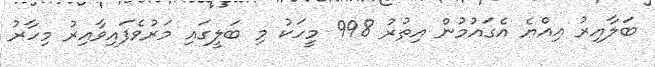
ބަލާއިރު އިއްޔެ އެގައުމުން އިތުރު 998 މީހަކު މި ބަލީގައި މަރުވެފައިވާއިރު މިހާރު